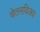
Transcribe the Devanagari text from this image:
चेतनविजय